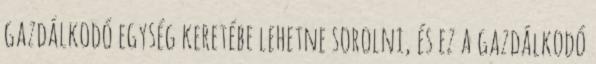
gazdálkodó egység keretébe lehetne sorolni, és ez a gazdálkodó